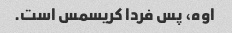
اوه، پس فردا کریسمس است.